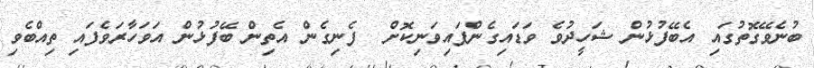
ބުނެވޭގޮތުގައި އެބޭފުޅުން ޝަހީދުވެ ވަޑައިގެންފައިވަނިކޮށް  ފެނިގެން އެތިން ބޭފުޅުން އަވަހާރަވެފައި ތިއްބެވި